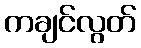
ကချင်လွတ်